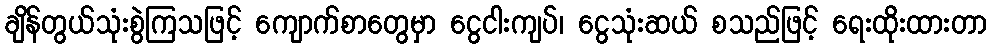
ချိန်တွယ်သုံးစွဲကြသဖြင့် ကျောက်စာတွေမှာ ငွေငါးကျပ်၊ ငွေသုံးဆယ် စသည်ဖြင့် ရေးထိုးထားတာ